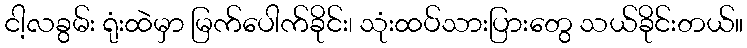
ငါ့လခွမ်း ရုံးထဲမှာ မြက်ပေါက်ခိုင်း၊ သုံးထပ်သားပြားတွေ သယ်ခိုင်းတယ်။